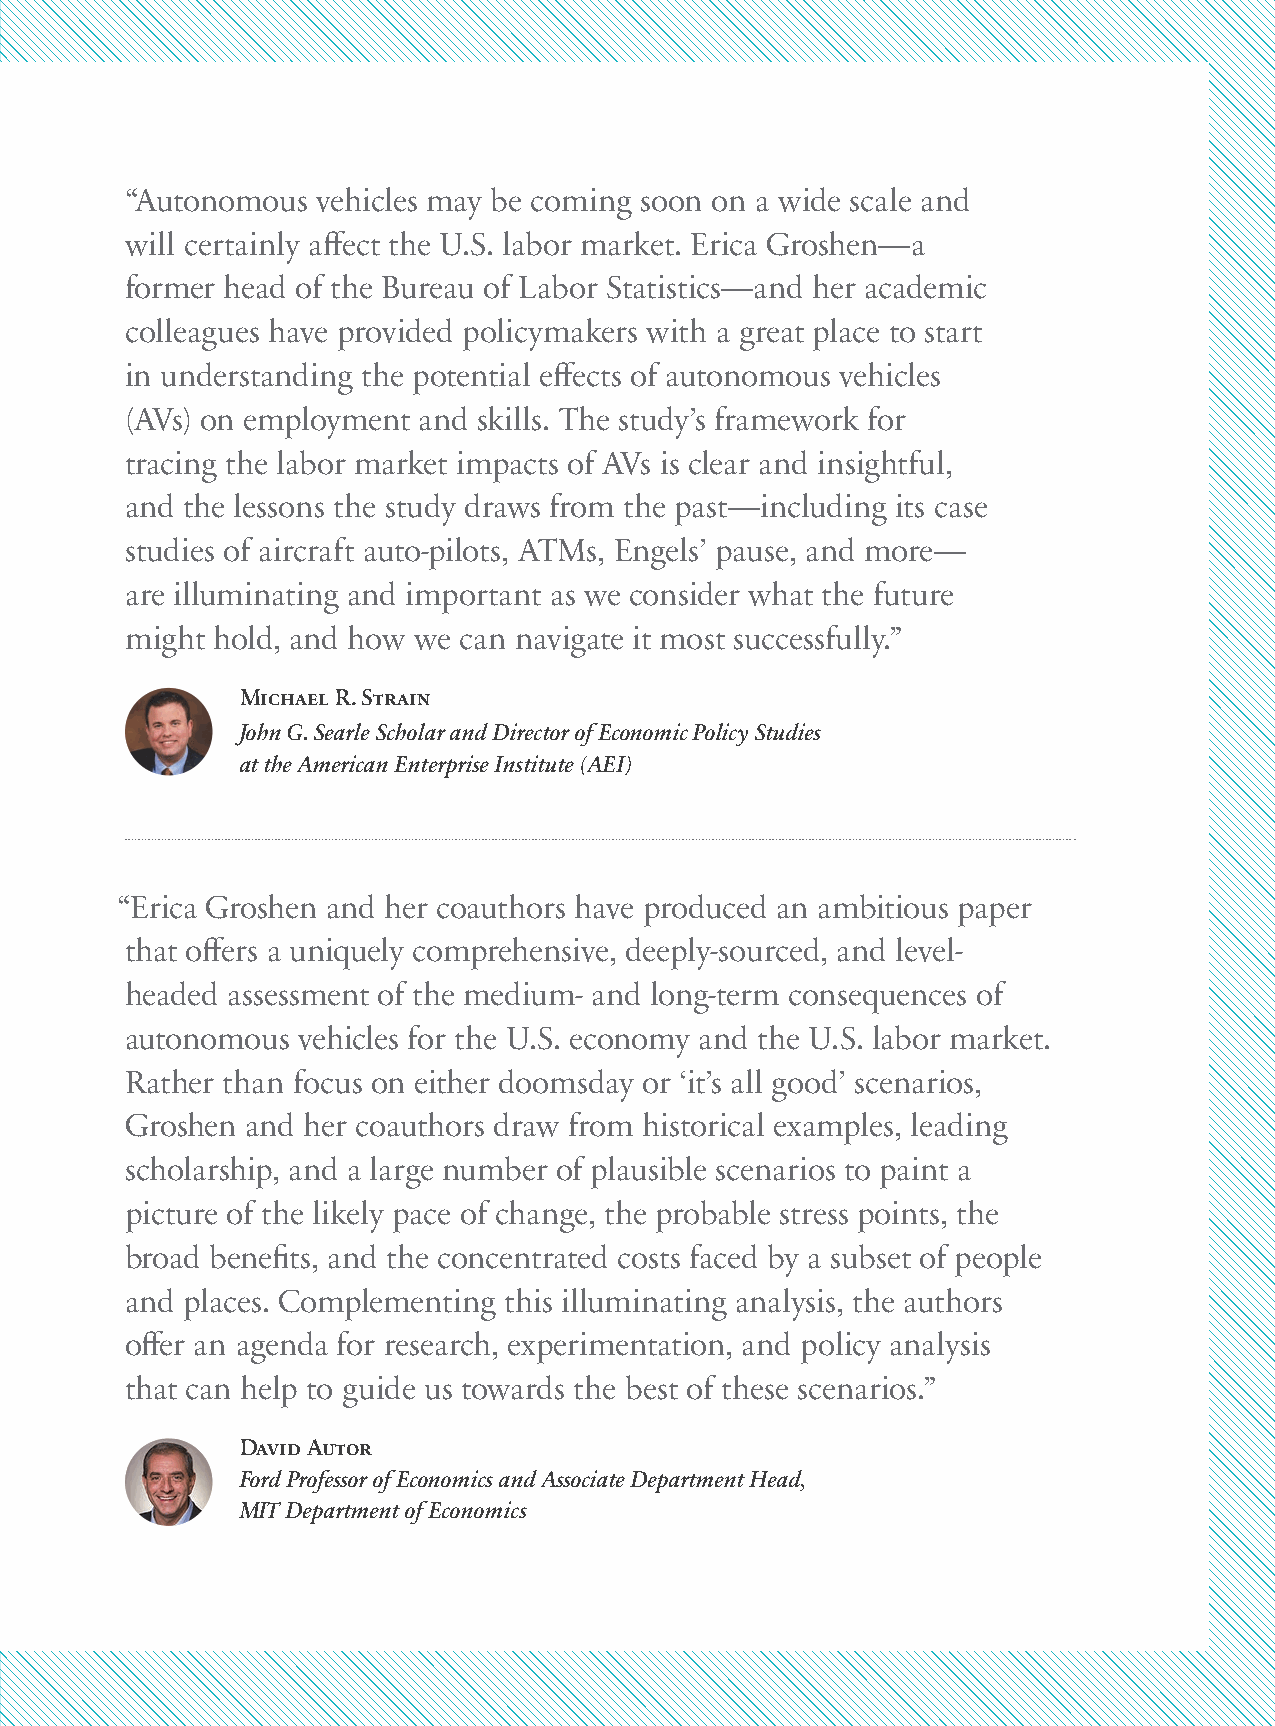
“Autonomous  vehicles may be coming soon on a wide scale and
 will certainly affect the U.S. labor market. Erica Groshen—a
 former head of the Bureau of Labor Statistics—and her academic
 colleagues have provided policymakers with a great place to start
 in understanding the potential effects of autonomous vehicles
 (AVs) on employment and skills. The study’s framework for
 tracing the labor market impacts of AVs is clear and insightful,
 and the lessons the study draws from the past—including its case
 studies of aircraft auto-pilots, ATMs, Engels’ pause, and more—
 are illuminating and important as we consider what the future
 might hold, and how we can navigate it most successfully.”
 Michael R. Strain
 John G. Searle Scholar and Director of Economic Policy Studies
 at the American Enterprise Institute (AEI)
 “ Erica Groshen and her coauthors have produced an ambitious paper
 that offers a uniquely comprehensive, deeply-sourced, and level-
 headed assessment of the medium- and long-term consequences of
 autonomous  vehicles for the U.S. economy and the U.S. labor market.
 Rather than focus on either doomsday or ‘it’s all good’ scenarios,
 Groshen and her coauthors draw from historical examples, leading
 scholarship, and a large number of plausible scenarios to paint a
 picture of the likely pace of change, the probable stress points, the
 broad benefits, and the concentrated costs faced by a subset of people
 and places. Complementing this illuminating analysis, the authors
 offer an agenda for research, experimentation, and policy analysis
 that can help to guide us towards the best of these scenarios.”
 David Autor
 Ford Professor of Economics and Associate Department Head,
 MIT Department of Economics